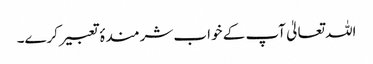
اللہ تعالیٰ آپ کے خواب شرمندۂ تعبیر کرے۔